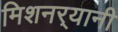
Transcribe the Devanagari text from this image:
मिशनर्‍यानी